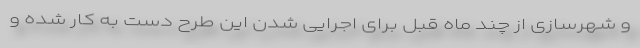
و شهرسازی از چند ماه قبل برای اجرایی شدن این طرح دست به کار شده و